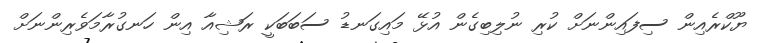
ޔޫކްރެއިން ސިފައިންނަށް ކުރި ނުލިބިގެން އުޅޭ މައިގަނޑު ސަބަބަކީ ރަޝިއާ އިން ހަނގުރާމަވެރިންނަށް